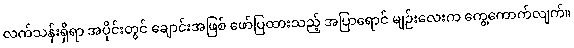
လက်သန်းရှိရာ အပိုင်းတွင် ချောင်းအဖြစ် ဖော်ပြထားသည့် အပြာရောင် မျဉ်းလေးက ကွေ့ကောက်လျက်။